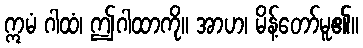
ဣမံ ဂါထံ၊ ဤဂါထာကို။ အာဟ၊ မိန့်တော်မူ၏။